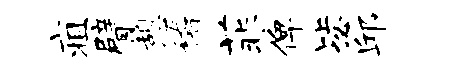
疽臂憩稽菲俾毖邱